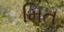
મિત